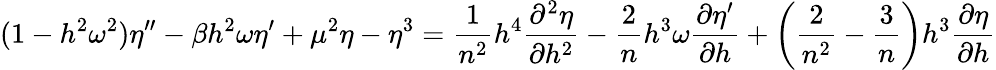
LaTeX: (1-h^{2}\omega^{2})\eta^{\prime\prime}-\beta h^{2}\omega\eta^{\prime}+\mu^{2}\eta-\eta^{3}=\frac{1}{n^{2}}h^{4}{\frac{\partial^{2}\eta}{\partial h^{2}}}-\frac{2}{n}h^{3}\omega{\frac{\partial\eta^{\prime}}{\partial h}}+\left(\frac{2}{n^{2}}-\frac{3}{n}\right)h^{3}{\frac{\partial\eta}{\partial h}}